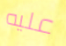
عليه